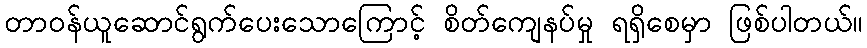
တာဝန်ယူဆောင်ရွက်ပေးသောကြောင့် စိတ်ကျေနပ်မှု ရရှိစေမှာ ဖြစ်ပါတယ်။